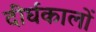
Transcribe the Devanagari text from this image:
दीर्घकालों